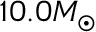
1 0 . 0 M _ { \odot }